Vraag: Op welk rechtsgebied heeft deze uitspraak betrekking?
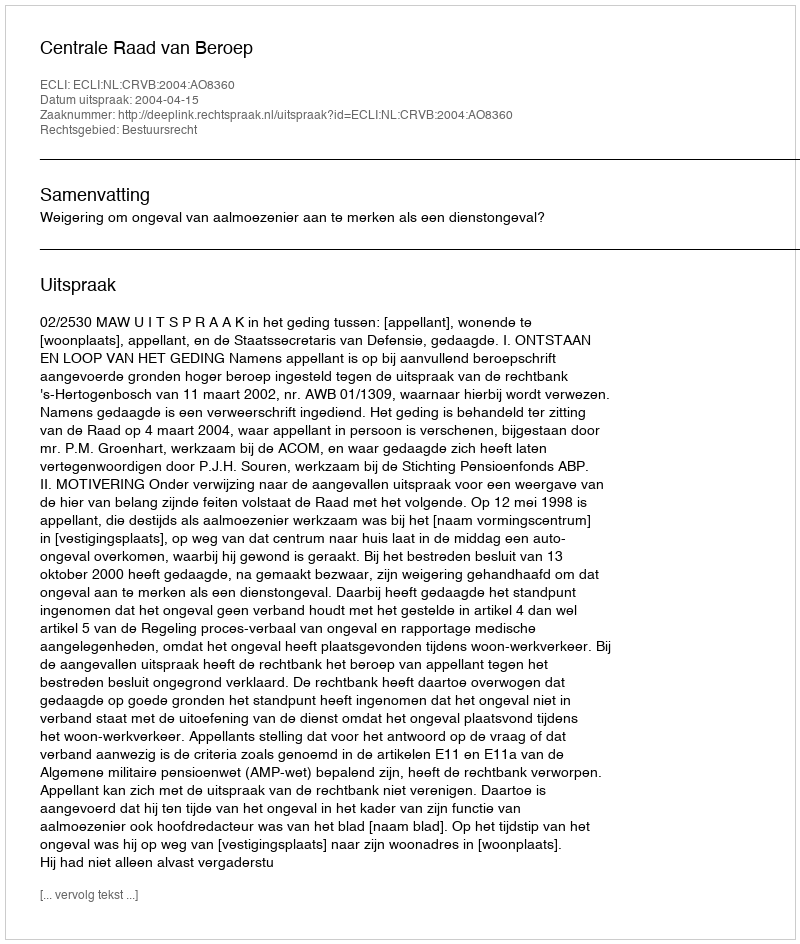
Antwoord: Bestuursrecht